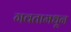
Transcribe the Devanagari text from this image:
गवतामधून